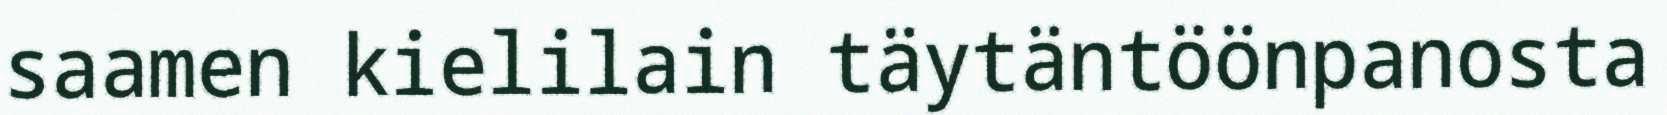
saamen kielilain täytäntöönpanosta